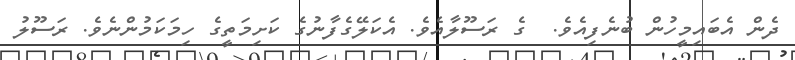
ދެން އެބައިމީހުން ބުނެފިއެވެ.  ގެ ރަސޫލާއެވެ. އެކަލޭގެފާނުގެ ކަށިމަތީގެ ހިމަކަމުންނެވެ. ރަސޫލު